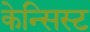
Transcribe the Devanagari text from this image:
केन्सिस्ट